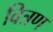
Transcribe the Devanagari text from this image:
वित्रण